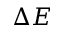
\Delta E